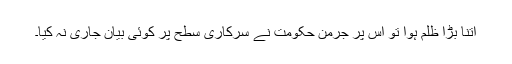
اتنا بڑا ظلم ہوا تو اس پر جرمن حکومت نے سرکاری سطح پر کوئی بیان جاری نہ کیا۔